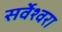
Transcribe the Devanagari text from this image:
सर्वेश्वरा